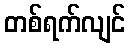
တစ်ရက်လျင်